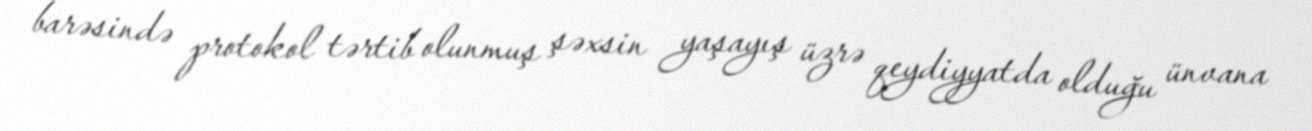
barəsində protokol tərtib olunmuş şəxsin yaşayış üzrə qeydiyyatda olduğu ünvana